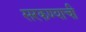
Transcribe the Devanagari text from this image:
सरकण्याची